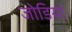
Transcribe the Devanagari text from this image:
जोडियां